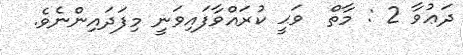
ދަޢުވާ 2 : މާތް  ވަޙީ ކުރައްވާފައިވަނީ މިފަދައިންނެވެ.